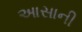
આસાની